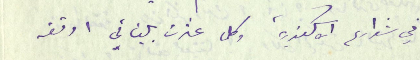
في شوارع الاسكندرية وكلما عثرت بلبناني اوقفه